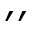
^ { \prime \prime }